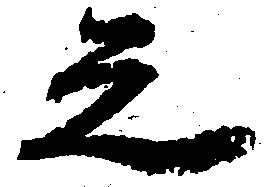
之